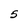
Character: 5